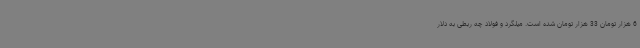
6 هزار تومان 33 هزار تومان شده است. میلگرد و فولاد چه ربطی به دلار